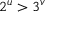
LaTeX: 2 ^ { u } > 3 ^ { v }